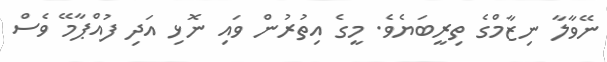
ނޭވާލާ ނިޒާމްގެ ތިރީބަޔެވެ. މީގެ އިތުރުން ވައި ނޮޅި އަދި ފުއްޕާމޭ ވެސް